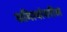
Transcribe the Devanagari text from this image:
समित्यांवरील